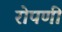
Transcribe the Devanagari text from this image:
रोपणी